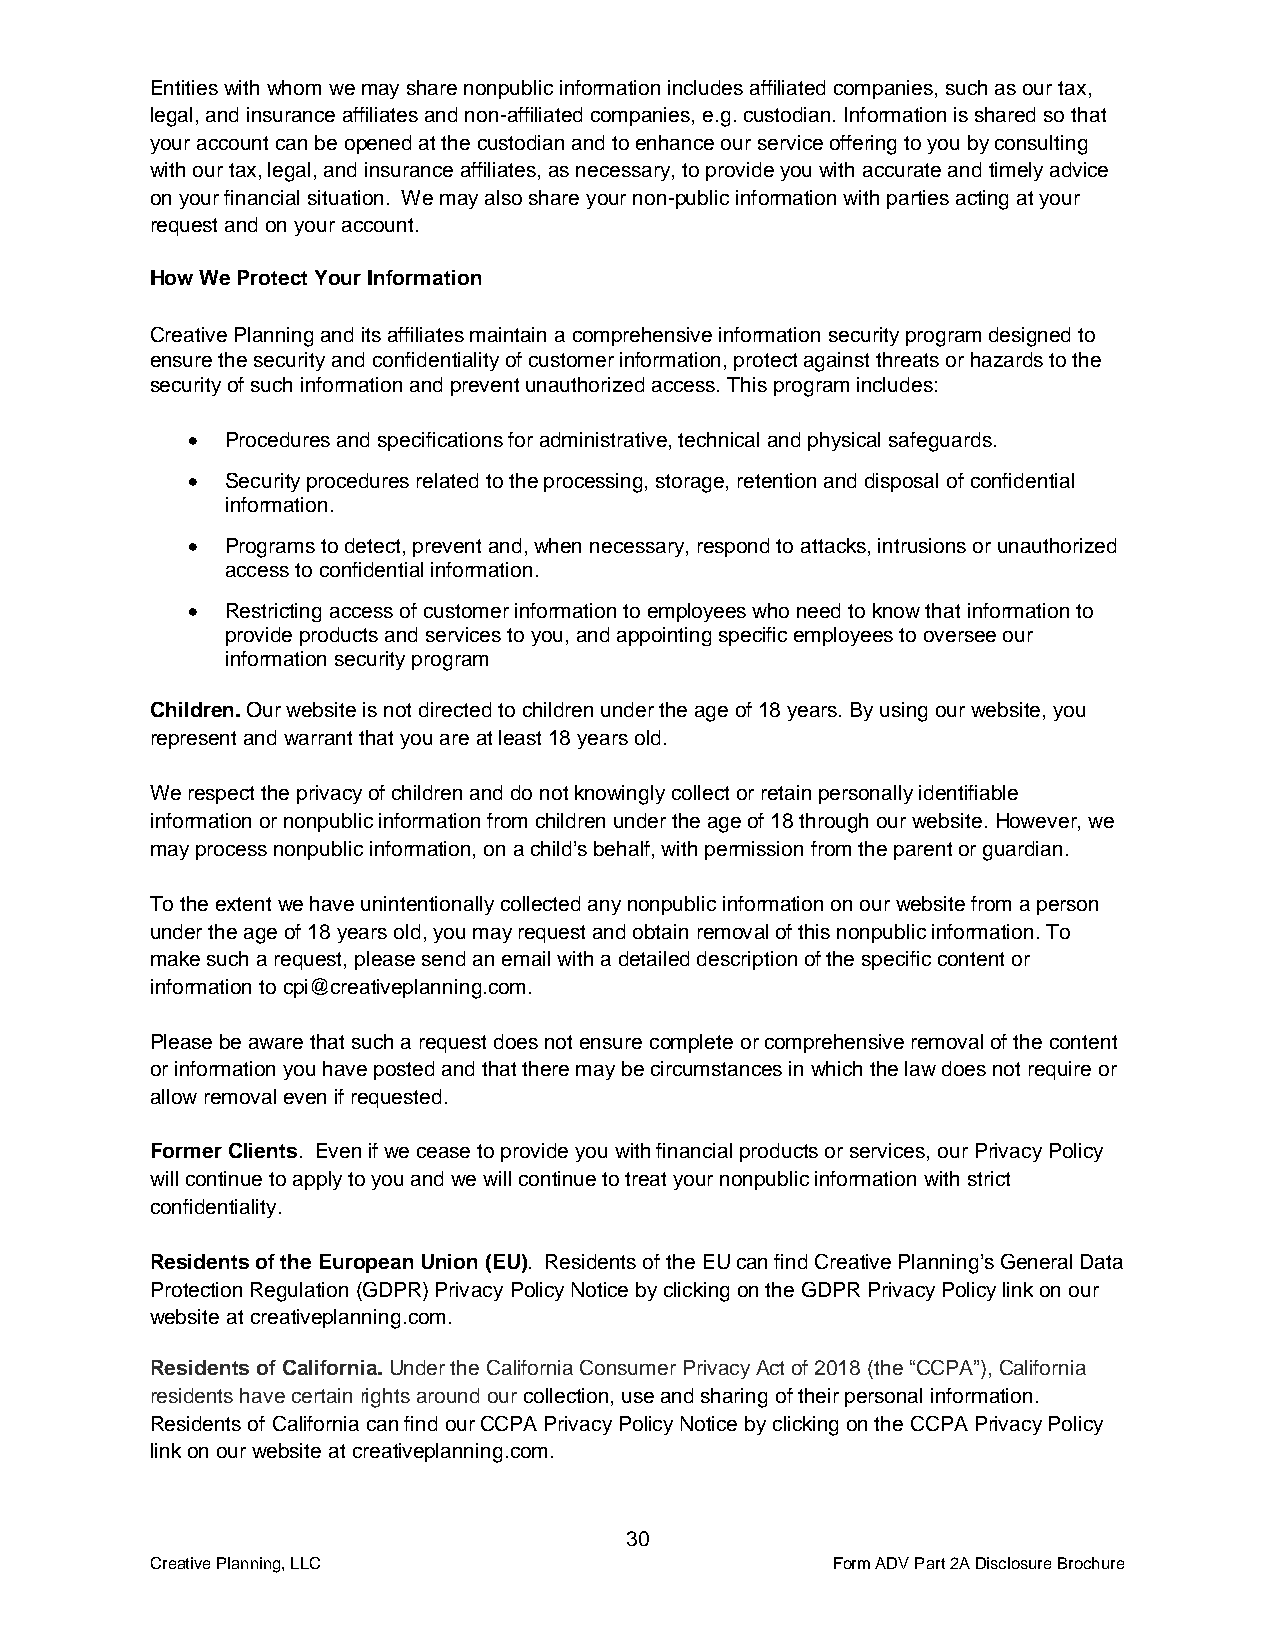
Entities with whom we may share nonpublic information includes affiliated companies, such as our tax,
 legal, and insurance affiliates and non-affiliated companies, e.g. custodian. Information is shared so that
 your account can be opened at the custodian and to enhance our service offering to you by consulting
 with our tax, legal, and insurance affiliates, as necessary, to provide you with accurate and timely advice
 on your financial situation. We may also share your non-public information with parties acting at your
 request and on your account.
 How We Protect Your Information
 Creative Planning and its affiliates maintain a comprehensive information security program designed to
 ensure the security and confidentiality of customer information, protect against threats or hazards to the
 security of such information and prevent unauthorized access. This program includes:
 •  Procedures and specifications for administrative, technical and physical safeguards.
 •  Security procedures related to the processing, storage, retention and disposal of confidential
 information.
 •  Programs to detect, prevent and, when necessary, respond to attacks, intrusions or unauthorized
 access to confidential information.
 •  Restricting access of customer information to employees who need to know that information to
 provide products and services to you, and appointing specific employees to oversee our
 information security program
 Children. Our website is not directed to children under the age of 18 years. By using our website, you
 represent and warrant that you are at least 18 years old.
 We respect the privacy of children and do not knowingly collect or retain personally identifiable
 information or nonpublic information from children under the age of 18 through our website. However, we
 may process nonpublic information, on a child’s behalf, with permission from the parent or guardian.
 To the extent we have unintentionally collected any nonpublic information on our website from a person
 under the age of 18 years old, you may request and obtain removal of this nonpublic information. To
 make such a request, please send an email with a detailed description of the specific content or
 information to cpi@creativeplanning.com.
 Please be aware that such a request does not ensure complete or comprehensive removal of the content
 or information you have posted and that there may be circumstances in which the law does not require or
 allow removal even if requested.
 Former Clients. Even if we cease to provide you with financial products or services, our Privacy Policy
 will continue to apply to you and we will continue to treat your nonpublic information with strict
 confidentiality.
 Residents of the European Union (EU). Residents of the EU can find Creative Planning’s General Data
 Protection Regulation (GDPR) Privacy Policy Notice by clicking on the GDPR Privacy Policy link on our
 website at creativeplanning.com.
 Residents of California. Under the California Consumer Privacy Act of 2018 (the “CCPA”), California
 residents have certain rights around our collection, use and sharing of their personal information.
 Residents of California can find our CCPA Privacy Policy Notice by clicking on the CCPA Privacy Policy
 link on our website at creativeplanning.com.
 30
 Creative Planning, LLC                       Form ADV Part 2A Disclosure Brochure